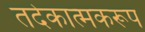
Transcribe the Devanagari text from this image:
तदेकात्मकरूप